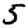
Digit: 5